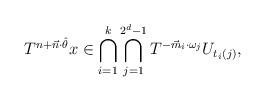
LaTeX: \begin{align*}T^{ n+\vec{n}\cdot\hat{\theta}}x\in\bigcap_{i=1}^k \bigcap_{j=1}^{2^d-1} T^{-\vec{m}_i\cdot \omega_{j}} U_{t_i(j)},\end{align*}